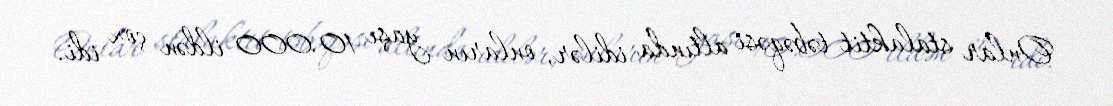
Onlar stalaktit təbəqəsi altında idilər, onların yaşı 10.000 ildən çox idi.